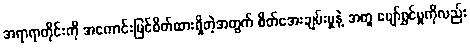
အရာရာတိုင်းကို အကောင်းမြင်စိတ်ထားရှိတဲ့အတွက် စိတ်အေးချမ်းမှုနဲ့ အတူ ပျော်ရွှင်မှုကိုလည်း